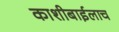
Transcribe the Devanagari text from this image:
काशीबाईलाच